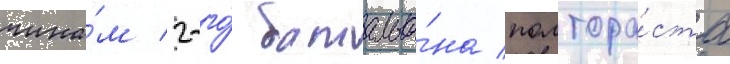
чина́м 2-го́ батальо́на полтора́ста